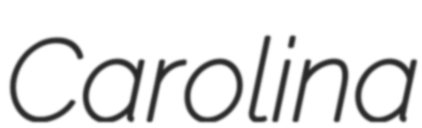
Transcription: Carolina